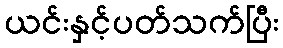
ယင်းနှင့်ပတ်သက်ပြီး